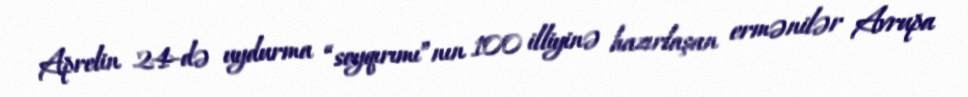
Aprelin 24-də uydurma “soyqırımı”nın 100 illiyinə hazırlaşan ermənilər Avrupa